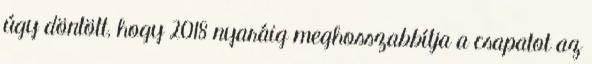
úgy döntött, hogy 2018 nyaráig meghosszabbítja a csapatot az